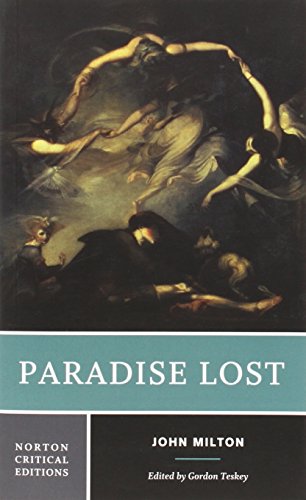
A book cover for Paradise Lost (Norton Critical Editions); John Milton; Literature & Fiction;